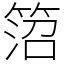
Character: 䈃